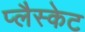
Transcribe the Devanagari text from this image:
प्लैस्केट